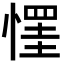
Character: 𢠪